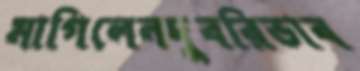
মাগিলেনদুবরিভাব